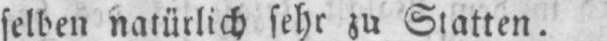
selben natürlich sehr zu Statten.